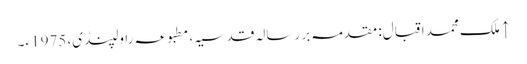
↑ ملک محمد اقبال: مقدمہ بر رسالہ قدسیہ، مطبوعہ راولپنڈی، 1975ء۔